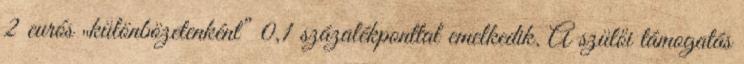
2 eurós „különbözetenként” 0,1 százalékponttal emelkedik. A szülői támogatás